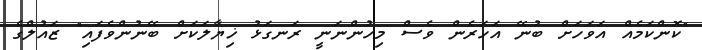
"ކޮންކަމެއް އަވަހަށް ބުނޭ އަހަރެން ވެސް މިހުންނަނީ ރަނގަޅު ޚިޔާލަކަށް ބޭނުންވެފައި" ޒައުލްގެ